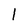
Character: 1